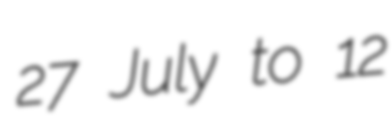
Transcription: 27 July to 12